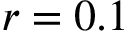
r = 0 . 1